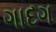
ગાદગ